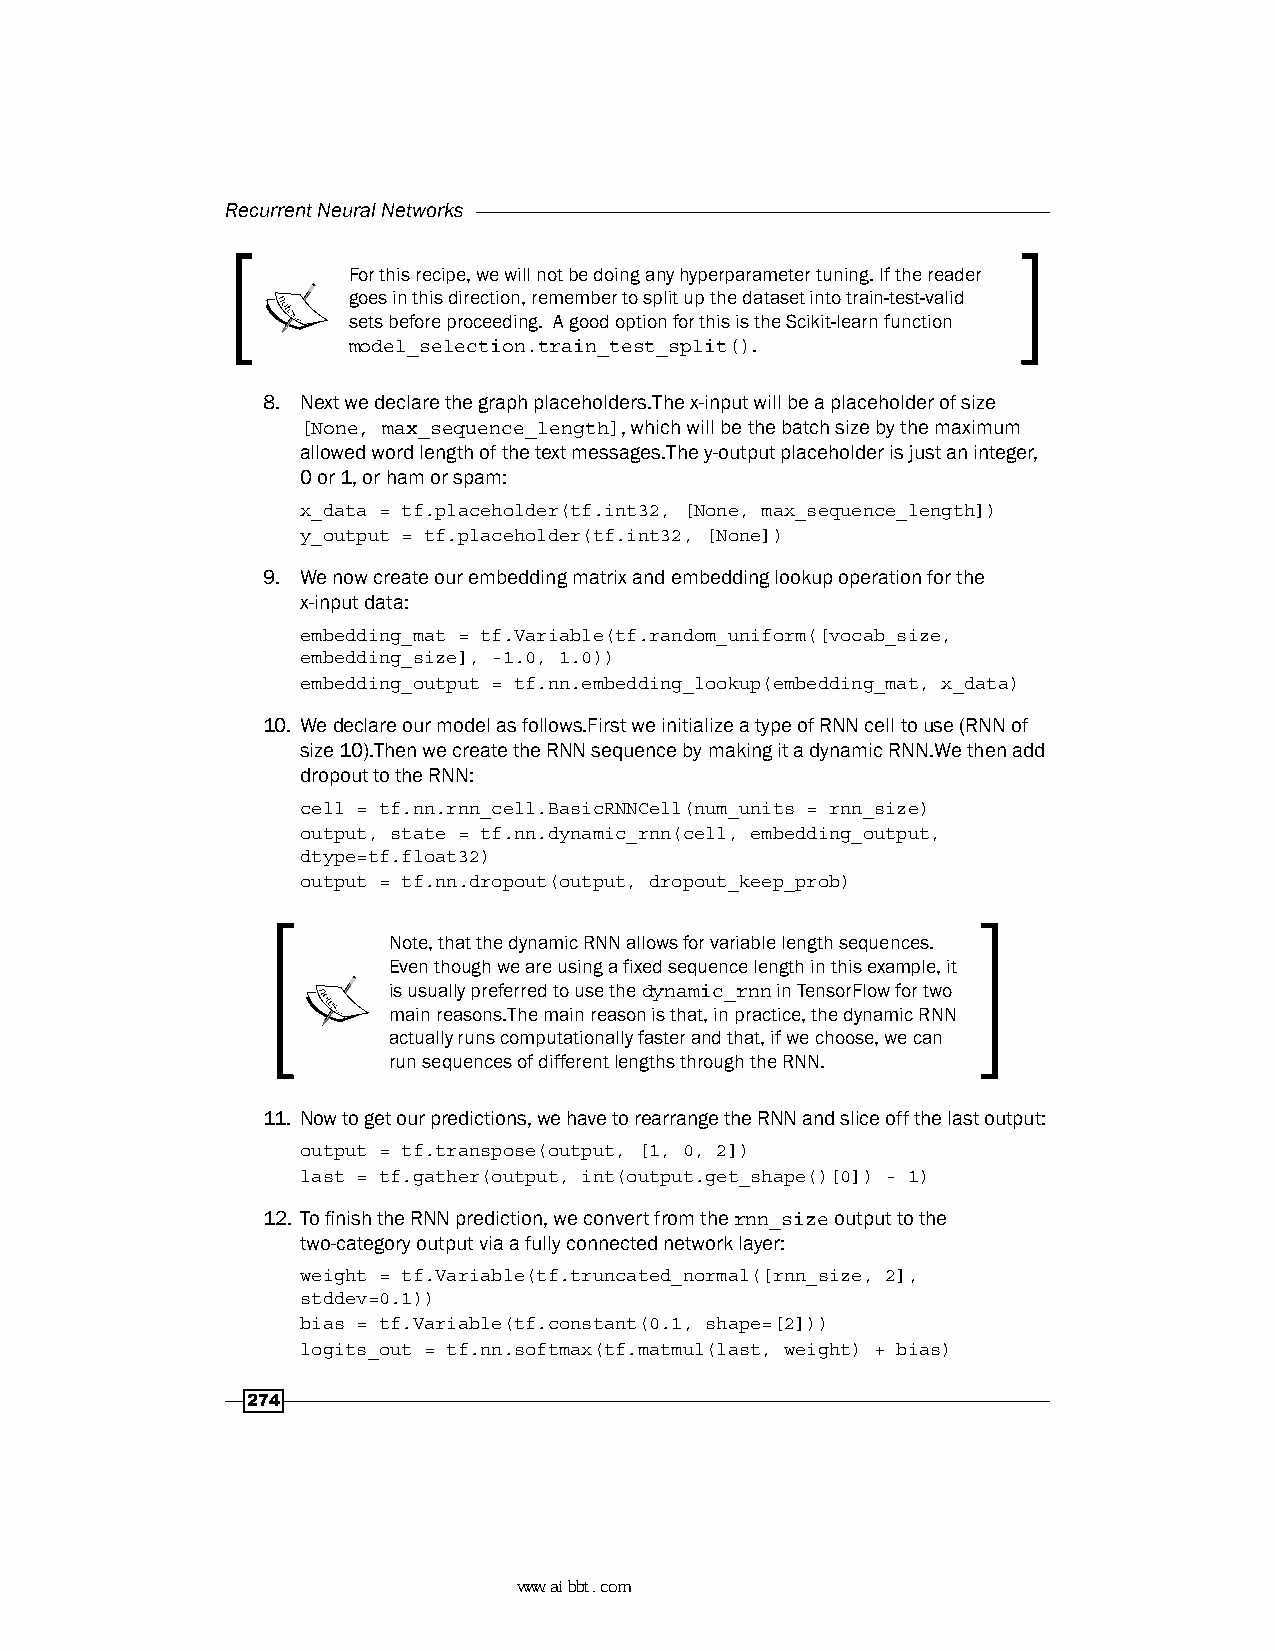
Recurrent Neural Networks
 For this recipe, we will not be doing any hyperparameter tuning. If the reader
 goes in this direction, remember to split up the dataset into train-test-valid
 sets before proceeding. A good option for this is the Scikit-learn function
 model_selection.train_test_split().
 8. Next we declare the graph placeholders.The x-input will be a placeholder of size
 [None, max_sequence_length], which will be the batch size by the maximum
 allowed word length of the text messages.The y-output placeholder is just an integer,
 0 or 1, or ham or spam:
 x_data = tf.placeholder(tf.int32, [None, max_sequence_length])
 y_output = tf.placeholder(tf.int32, [None])
 9. We now create our embedding matrix and embedding lookup operation for the
 x-input data:
 embedding_mat = tf.Variable(tf.random_uniform([vocab_size,
 embedding_size], -1.0, 1.0))
 embedding_output = tf.nn.embedding_lookup(embedding_mat, x_data)
 10. We declare our model as follows.First we initialize a type of RNN cell to use (RNN of
 size 10).Then we create the RNN sequence by making it a dynamic RNN.We then add
 dropout to the RNN:
 cell = tf.nn.rnn_cell.BasicRNNCell(num_units = rnn_size)
 output, state = tf.nn.dynamic_rnn(cell, embedding_output,
 dtype=tf.float32)
 output = tf.nn.dropout(output, dropout_keep_prob)
 Note, that the dynamic RNN allows for variable length sequences.
 Even though we are using a fixed sequence length in this example, it
 is usually preferred to use the dynamic_rnn in TensorFlow for two
 main reasons.The main reason is that, in practice, the dynamic RNN
 actually runs computationally faster and that, if we choose, we can
 run sequences of different lengths through the RNN.
 11. Now to get our predictions, we have to rearrange the RNN and slice off the last output:
 output = tf.transpose(output, [1, 0, 2])
 last = tf.gather(output, int(output.get_shape()[0]) - 1)
 12. To finish the RNN prediction, we convert from the rnn_size output to the
 two-category output via a fully connected network layer:
 weight = tf.Variable(tf.truncated_normal([rnn_size, 2],
 stddev=0.1))
 bias = tf.Variable(tf.constant(0.1, shape=[2]))
 logits_out = tf.nn.softmax(tf.matmul(last, weight) + bias)
 274
 www.aibbt.com 让未来触手可及